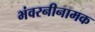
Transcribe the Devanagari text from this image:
भंवरनीनामक